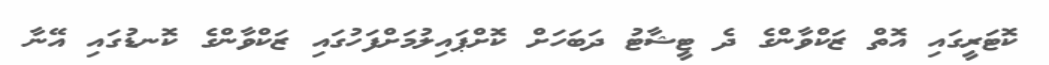
ކޮޓަރީގައި އޮތް ޒަކްވާންގެ ދެ ޓީޝާޓު ދަބަހަށް ކޮށްޕައިލުމަށްފަހުގައި ޒަކްވާންގެ ކޮނޑުގައި އޭނާ